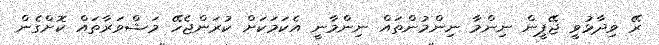
ރޭ ވިދާޅުވީ ޖޭޕީން ނިންމާ ނިންމުންތައް ނިންމާނީ އެކަމަކަށް ކުރަންޖެހޭ މަޝްވަރާތައް ކޮށްގެން